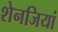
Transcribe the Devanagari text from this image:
शेनजियां